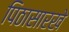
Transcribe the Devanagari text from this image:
पिठासारखे